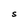
Character: S